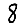
Digit: 8